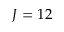
J = 1 2